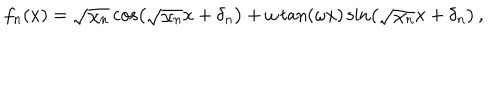
LaTeX: f _ { n } ( x ) = \sqrt { \chi _ { n } } \cos \left( \sqrt { \chi _ { n } } x + \delta _ { n } \right) + \omega \tan ( \omega x ) \sin \left( \sqrt { \chi _ { n } } x + \delta _ { n } \right) \, ,